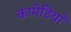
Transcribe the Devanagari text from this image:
कामेडियाँ